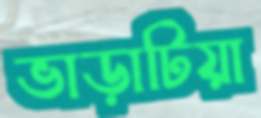
ভাড়াটিয়া